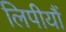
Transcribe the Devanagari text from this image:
लिपीयौं